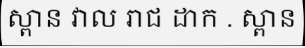
ស្ពាន វាល រាជ ដាក . ស្ពាន